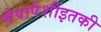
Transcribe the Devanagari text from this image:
चेपापेशींइतकी